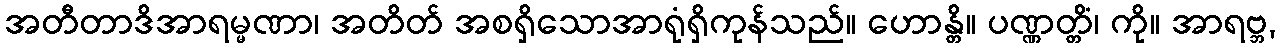
အတီတာဒိအာရမ္မဏာ၊ အတိတ် အစရှိသောအာရုံရှိကုန်သည်။ ဟောန္တိ။ ပဏ္ဏတ္တိံ၊ ကို။ အာရဗ္ဘ,